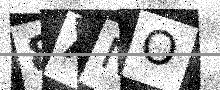
Text: 8ANO